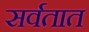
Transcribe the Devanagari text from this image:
सर्वतात